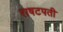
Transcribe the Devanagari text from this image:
राषटपती